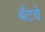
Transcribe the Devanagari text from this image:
बॅटचे